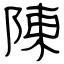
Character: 陳